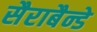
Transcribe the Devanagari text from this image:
सैराबैन्डे